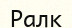
Ралк